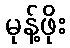
မုန့်ဖိုး